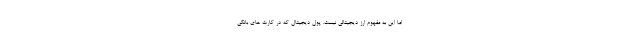
اما این به مفهوم ارز دیجیتالی نیست. پول دیجیتال که در کارت های بانکی